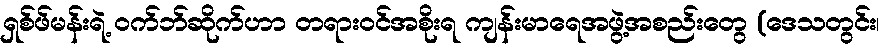
ရှစ်ဖ်မန်းရဲ့ ဝက်ဘ်ဆိုက်ဟာ တရားဝင်အစိုးရ ကျန်းမာရေအဖွဲ့အစည်းတွေ (ဒေသတွင်း၊